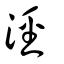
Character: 涇